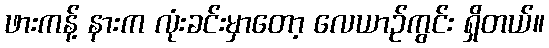
ဖားကန့် နားက လုံးခင်းမှာတော့ လေယာဉ်ကွင်း ရှိတယ်။